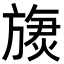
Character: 𬀏